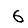
Digit: 6